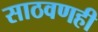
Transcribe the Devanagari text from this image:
साठवणही